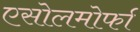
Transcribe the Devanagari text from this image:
एसोलमोर्फा